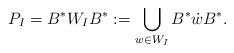
LaTeX: \begin{align*}P_I=B^*W_IB^*:=\bigcup_{w\in W_I}B^*\dot{w}B^*.\end{align*}